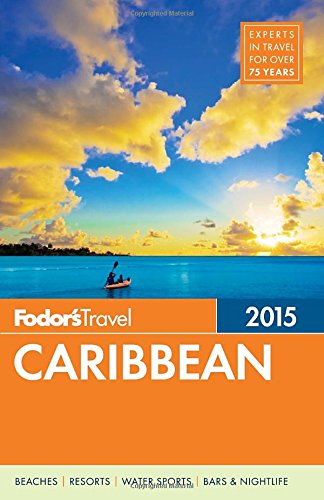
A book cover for Fodor's Caribbean 2015 (Full-color Travel Guide); Fodor's; Travel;